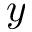
y